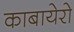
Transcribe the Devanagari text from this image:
काबायेरो